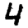
Digit: 4